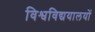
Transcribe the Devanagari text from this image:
विश्वविद्ययालयों